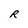
Character: R